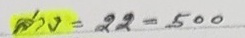
ล่าง